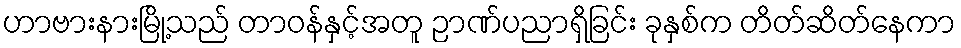
ဟာဗားနားမြို့သည် တာဝန်နှင့်အတူ ဉာဏ်ပညာရှိခြင်း ခုနှစ်က တိတ်ဆိတ်နေကာ